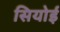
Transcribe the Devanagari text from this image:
सियोई